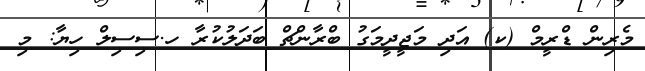
މެރިން ޑްރީމް (ކ) އަދި މަޖީދީމަގު ބްރާންޗް ބަދަލުކުރާ ހ.ސިސިލް ހިޔާ: މި